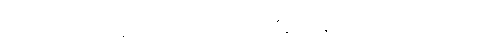
တဿာ၊ ထိုရဟန်းမ၏၎င်း။ ဥမ္မတ္တိကာဒီနံ၊ ကုန်၍။ (ဝိညာပေတွာ၊ ၍။